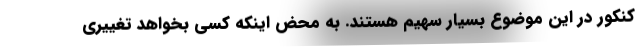
کنکور در این موضوع بسیار سهیم هستند. به محض اینکه کسی بخواهد تغییری